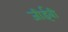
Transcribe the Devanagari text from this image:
जीईबी